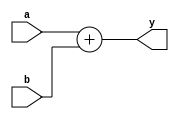
//------------------------------------------------
// components.v
//
// Authors
// David Harris David_Harris at hmc dot edu 3 November 2005
// Carl Nygaard carlpny at gmail dot com 2007
// Thomas W. Barr tbarr at cs dot hmc dot edu 2007
// Matt Totino mtotino at hmc.edu 2007
// Nathaniel Pinckney npinckney at gmail dot com
// Nate Schlossberg sonofernda at gmail dot com 2007
//
// Pipelined MIPS processor spare parts
//------------------------------------------------

`timescale 1 ns / 1 ps


module adder(input  [31:0] a, b,
             output [31:0] y);

  assign #1 y = a + b;
endmodule

// Adder with carry in and out
module adderc #(parameter WIDTH = 32)
             (input  [WIDTH-1:0] a, b,
              input              cin,
              output [WIDTH-1:0] y,
              output             cout);
 
  assign #1 {cout, y} = a + b + cin;
endmodule

module eqcmp #(parameter WIDTH = 32)
             (input [WIDTH-1:0] a, b,
              output            eq);

  assign #1 eq = (a == b);
endmodule

module eqzerocmp #(parameter WIDTH = 32)
                 (input [WIDTH-1:0]  a,
                  output        eq);

  assign #1 eq = (a == 0);
endmodule

module neqzerocmp #(parameter WIDTH = 32)
                 (input [WIDTH-1:0]  a,
                  output        eq);

  assign #1 eq = (a != 0);
endmodule

module gtzerocmp #(parameter WIDTH = 32)
                 (input [WIDTH-1:0] a,
                  output       eq);

  assign #1 eq = ~a[WIDTH-1] & (a[WIDTH-2:0] !== 0);
endmodule

module ltzerocmp #(parameter WIDTH = 32)
                 (input [WIDTH-1:0] a,
                  output       eq);

  assign #1 eq = a[WIDTH-1];
endmodule

module sl2(input  [31:0] a,
           output [31:0] y);

  // shift left by 2
  assign #1 y = {a[29:0], 2'b00};
endmodule

// When disabled, signext acts as a zero extender
module signext #(parameter INPUT = 16, OUTPUT = 32)
               (input  [INPUT-1:0] a,
               input  enable,
               output [OUTPUT-1:0] y);
               
  wire extension;
  
  assign #1 extension = (enable ? a[INPUT-1] : 0);
  assign #1 y = {{OUTPUT-INPUT{extension}}, a};
endmodule

// start of flops
module floprc #(parameter WIDTH = 8)
              (input                  ph1, ph2, reset, clear,
               input      [WIDTH-1:0] d, 
               output reg [WIDTH-1:0] q);

  reg [WIDTH-1:0] master;

  always @(ph2, reset, d, clear)
    if (ph2) #1 master <= reset ? 0 : (clear ? 0 : d);

  always @(ph1, master)
    if (ph1) #1 q <= master;
endmodule

module flopenrc #(parameter WIDTH = 32)
                 (input                  ph1, ph2, reset,
                  input                  en, clear,
                  input      [WIDTH-1:0] d, 
                  output reg [WIDTH-1:0] q);
 
  reg [WIDTH-1:0] master;

  always @(ph2, reset, en, d, q, clear)
    if (ph2) #1 master <= reset ? 0 : (clear ? 0 : (en ? d : q));

  always @(ph1, master)
    if (ph1) #1 q <= master;
endmodule

module flopenr #(parameter WIDTH = 32)
                (input                  ph1, ph2, reset,
                 input                  en,
                 input      [WIDTH-1:0] d, 
                 output reg [WIDTH-1:0] q);
 
  reg [WIDTH-1:0] master;

  always @(ph2, reset, en, d, q)
    if (ph2) #1 master <= reset ? 0 : (en ? d : q);

  always @(ph1, master)
    if (ph1) #1 q <= master;
endmodule

module flopen #(parameter WIDTH = 32)
               (input                  ph1,ph2,
                input                  en,
                input      [WIDTH-1:0] d, 
                output reg [WIDTH-1:0] q);
 
  reg [WIDTH-1:0] master;

  always @(ph2, en, d, q)
    if (ph2) #1 master <= en ? d : q;

  always @(ph1, master)
    if (ph1) #1 q <= master;
endmodule

module flopr #(parameter WIDTH = 32)
              (input                  ph1, ph2, reset,
               input      [WIDTH-1:0] d, 
               output reg [WIDTH-1:0] q);
 
  reg [WIDTH-1:0] master;

  always @(ph2, reset, d)
    if (ph2) #1 master <= reset ? 0 : d;

  always @(ph1, master)
    if (ph1) #1 q <= master;
endmodule
// end flops

module mux2 #(parameter WIDTH = 32)
             (input  [WIDTH-1:0] d0, d1, 
              input              s, 
              output [WIDTH-1:0] y);

  assign #1 y = s ? d1 : d0; 
endmodule

module mux3 #(parameter WIDTH = 32)
             (input  [WIDTH-1:0] d0, d1, d2,
              input  [1:0]       s, 
              output [WIDTH-1:0] y);

  assign #1 y = s[1] ? d2 : (s[0] ? d1 : d0); 
endmodule

module mux4 #(parameter WIDTH = 32)
             (input  [WIDTH-1:0] d0, d1, d2, d3,
              input  [1:0]       s, 
              output [WIDTH-1:0] y);

  assign #1 y = s[1] ? (s[0] ? d3 : d2)
                     : (s[0] ? d1 : d0); 
endmodule

module mux5 #(parameter WIDTH = 32)
             (input  [WIDTH-1:0] d0, d1, d2, d3, d4,
             input   [2:0]  s,
                output  [WIDTH-1:0] y);

  // 101 = d4; 100 = d3; 010 = d2; 001 = d1; 000 = d0

  assign #1 y = s[2] ? (s[0] ? d4 : d3)
                     : (s[1] ? d2 : (s[0] ? d1 : d0));
endmodule

// Basic one hot decoders, eg b10 -> b0100
module dec2 (input  [1:0] x,
             output [3:0] y);

  assign #1 y = (x[0] ? (x[1] ? 4'b1000 : 4'b0010)
                      : (x[1] ? 4'b0100 : 4'b0001));
endmodule

module dec1 (input        x,
             output [1:0] y);

  assign #1 y = (x ? 2'b01 : 2'b10);
  endmodule
module and2 #(parameter WIDTH = 32)
             (input  [WIDTH-1:0] a, b,
              output [WIDTH-1:0] y);

  assign #1 y = a & b;
endmodule

module xor2 #(parameter WIDTH = 32)
             (input  [WIDTH-1:0] a, b,
              output [WIDTH-1:0] y);

  assign #1 y = a ^ b;
endmodule

module inc #(parameter WIDTH = 32)
            (input  [WIDTH-1:0] a,
             output [WIDTH-1:0] y,
             output             cout);
 
  assign #1 {cout, y} = a + 1'b1;
endmodule

module zerodetect #(parameter WIDTH = 32)
             (input  [WIDTH-1:0] a,
              output             y);
 
  assign #1 y = ~|a;
endmodule

module prienc_8 (input       [7:0]  a,
                  output reg [2:0]  y);
   always @ ( * )
    casex(a)
      // rearrange to set priority.
      8'b1xxxxxxx : y <= 3'b000;
      8'b01xxxxxx : y <= 3'b001;
      8'b001xxxxx : y <= 3'b010;
      8'b0001xxxx : y <= 3'b011;
      8'b00001xxx : y <= 3'b100;
      8'b000001xx : y <= 3'b101;
      8'b0000001x : y <= 3'b110;
      8'b00000001 : y <= 3'b111;
      default    : y <= 3'bxxx;
    endcase
endmodule

module tribuf #(parameter WIDTH = 32)
               (input en,
                input [WIDTH-1:0] a,
                output [WIDTH-1:0] y);
    wire [WIDTH-1:0] highz;
    assign highz = {WIDTH{1'bz}};
    assign #1 y = en ? a : highz;        
endmodule

// Complementary mux
module cmux2 #(parameter WIDTH = 32)
             (input  [WIDTH-1:0] d0, d1, 
              input              s,
              output [WIDTH-1:0] y1,
              output [WIDTH-1:0] y2);

  assign #1 y1 = s ? d1 : d0;
  assign #1 y2 = s ? d0 : d1;
endmodule